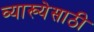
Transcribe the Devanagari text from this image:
व्याख्येसाठी